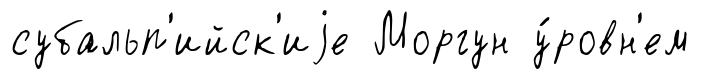
субальп'ийск'иjе Моргун у́ровн'ем